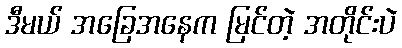
ဒီမယ် အခြေအနေက မြင်တဲ့ အတိုင်းပဲ